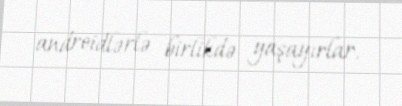
androidlərlə birlikdə yaşayırlar.